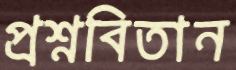
প্রশ্নবিতান